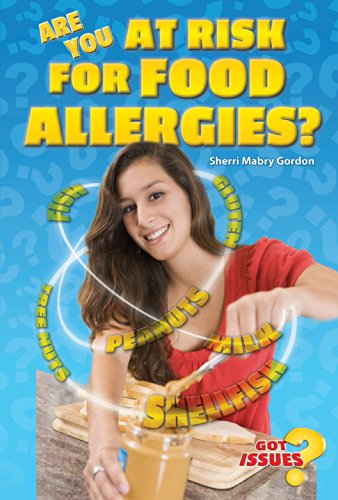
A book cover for Are You at Risk for Food Allergies? (Got Issues?); Sherri Mabry Gordon; Health, Fitness & Dieting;